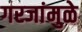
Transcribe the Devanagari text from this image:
गरजांमुळे